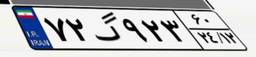
۶۰گ۵۴۰۵۰